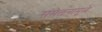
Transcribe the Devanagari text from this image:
संमेलनांमुळे